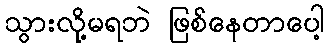
သွားလို့မရဘဲ ဖြစ်နေတာပေါ့